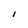
Character: I